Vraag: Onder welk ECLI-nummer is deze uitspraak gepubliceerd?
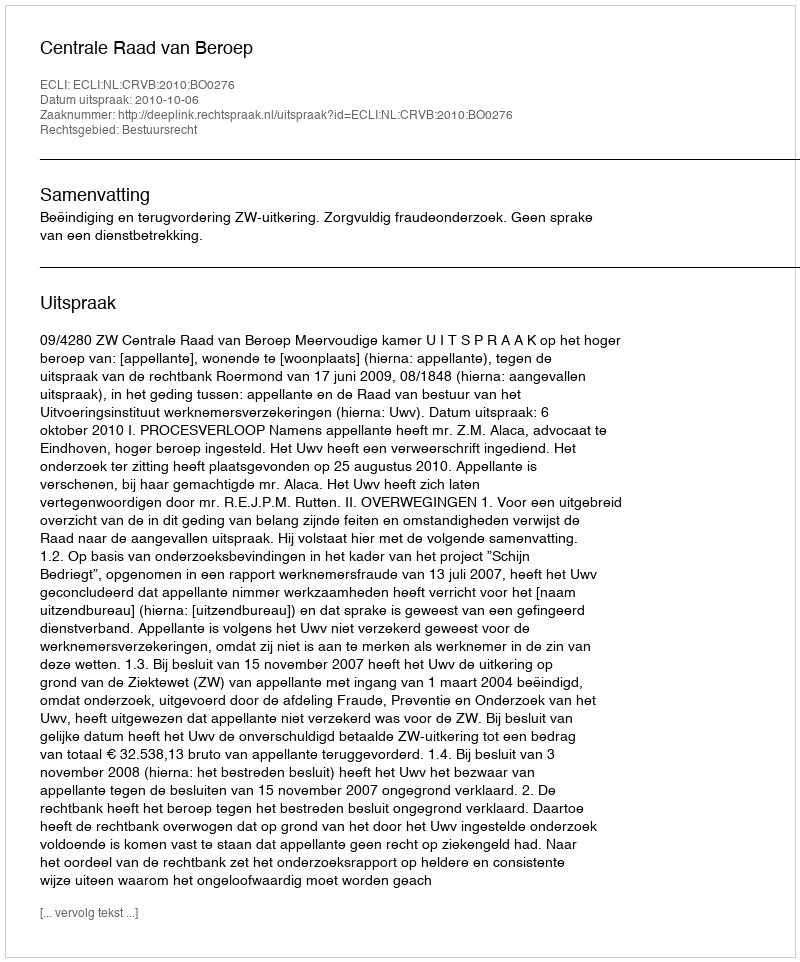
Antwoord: ECLI:NL:CRVB:2010:BO0276